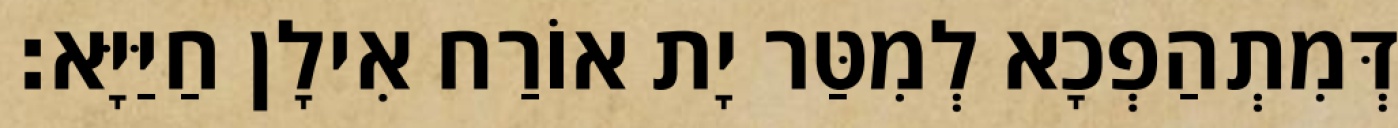
דְּמִתְהַפְכָא לְמִטַּר יָת אוֹרַח אִילָן חַיַּיָּא׃